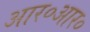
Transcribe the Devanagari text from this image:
आर०आर०